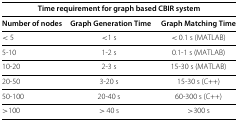
| Time requirement for graph based CBIR system |  |  |
 | --- | --- | --- |
 | Number of nodes | Graph Generation Time | Graph Matching Time |
 | & 5 | &1 s | & 0.1 s (MATLAB) |
 | 5-10 | 1-2 s | 0.1-1 s (MATLAB) |
 | 10-20 | 2-3 s | 15-30 s (MATLAB) |
 | 20-50 | 3-20 s | 15-30 s (C++) |
 | 50-100 | 20-40 s | 60-300 s (C++) |
 | >100 | > 40 s | >300 s |